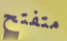
متفتح